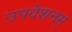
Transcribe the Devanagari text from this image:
उपवेशनम्